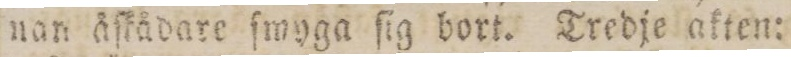
nan åſkådare ſmyga ſig bort. Tredje akten: